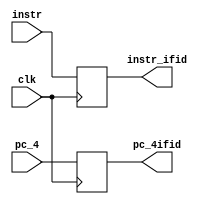
`timescale 1ns / 1ps
//////////////////////////////////////////////////////////////////////////////////
// Company: 		 CSUChico
// 
// Design Name: 
// Module Name:    if_id 
// Project Name: 
// Target Devices: 
// Tool versions: 
// Description: 
//
// Dependencies: 
//
// Revision: 
// Revision 0.01 - File Created
// Additional Comments: 
//
//////////////////////////////////////////////////////////////////////////////////
module if_id(
    input [31:0] instr,
    input [31:0] pc_4,
	 input clk,
    output reg [31:0] instr_ifid,
    output reg [31:0] pc_4ifid
    );
	always @(posedge clk) begin		// just a register
		pc_4ifid <= pc_4;
		instr_ifid <= instr;
	end

endmodule